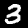
Label: 3